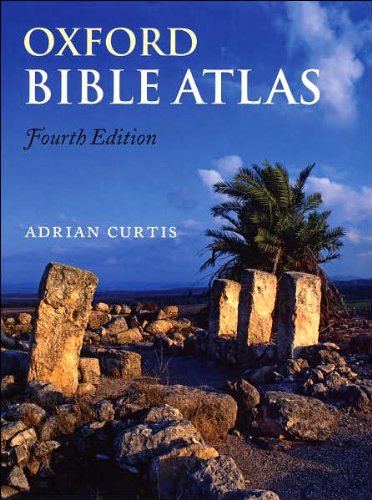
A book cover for Oxford Bible Atlas (text only) 4th (Fourth) edition by A. Curtis; A. Curtis; Christian Books & Bibles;